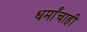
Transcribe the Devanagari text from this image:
धर्मांचाही